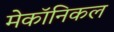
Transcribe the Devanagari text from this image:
मेकॉनिकल